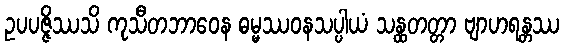
ဥပပဇ္ဇိဿသိ ကုသီတဘာဝေန ဓမ္မဿဝနသပ္ပါယံ သန္ထတတ္တာ ဗျာဟရန္တဿ